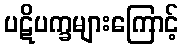
ပဋိပက္ခများကြောင့်